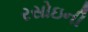
રસોઇની